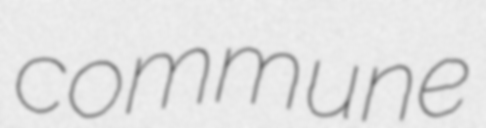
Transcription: commune